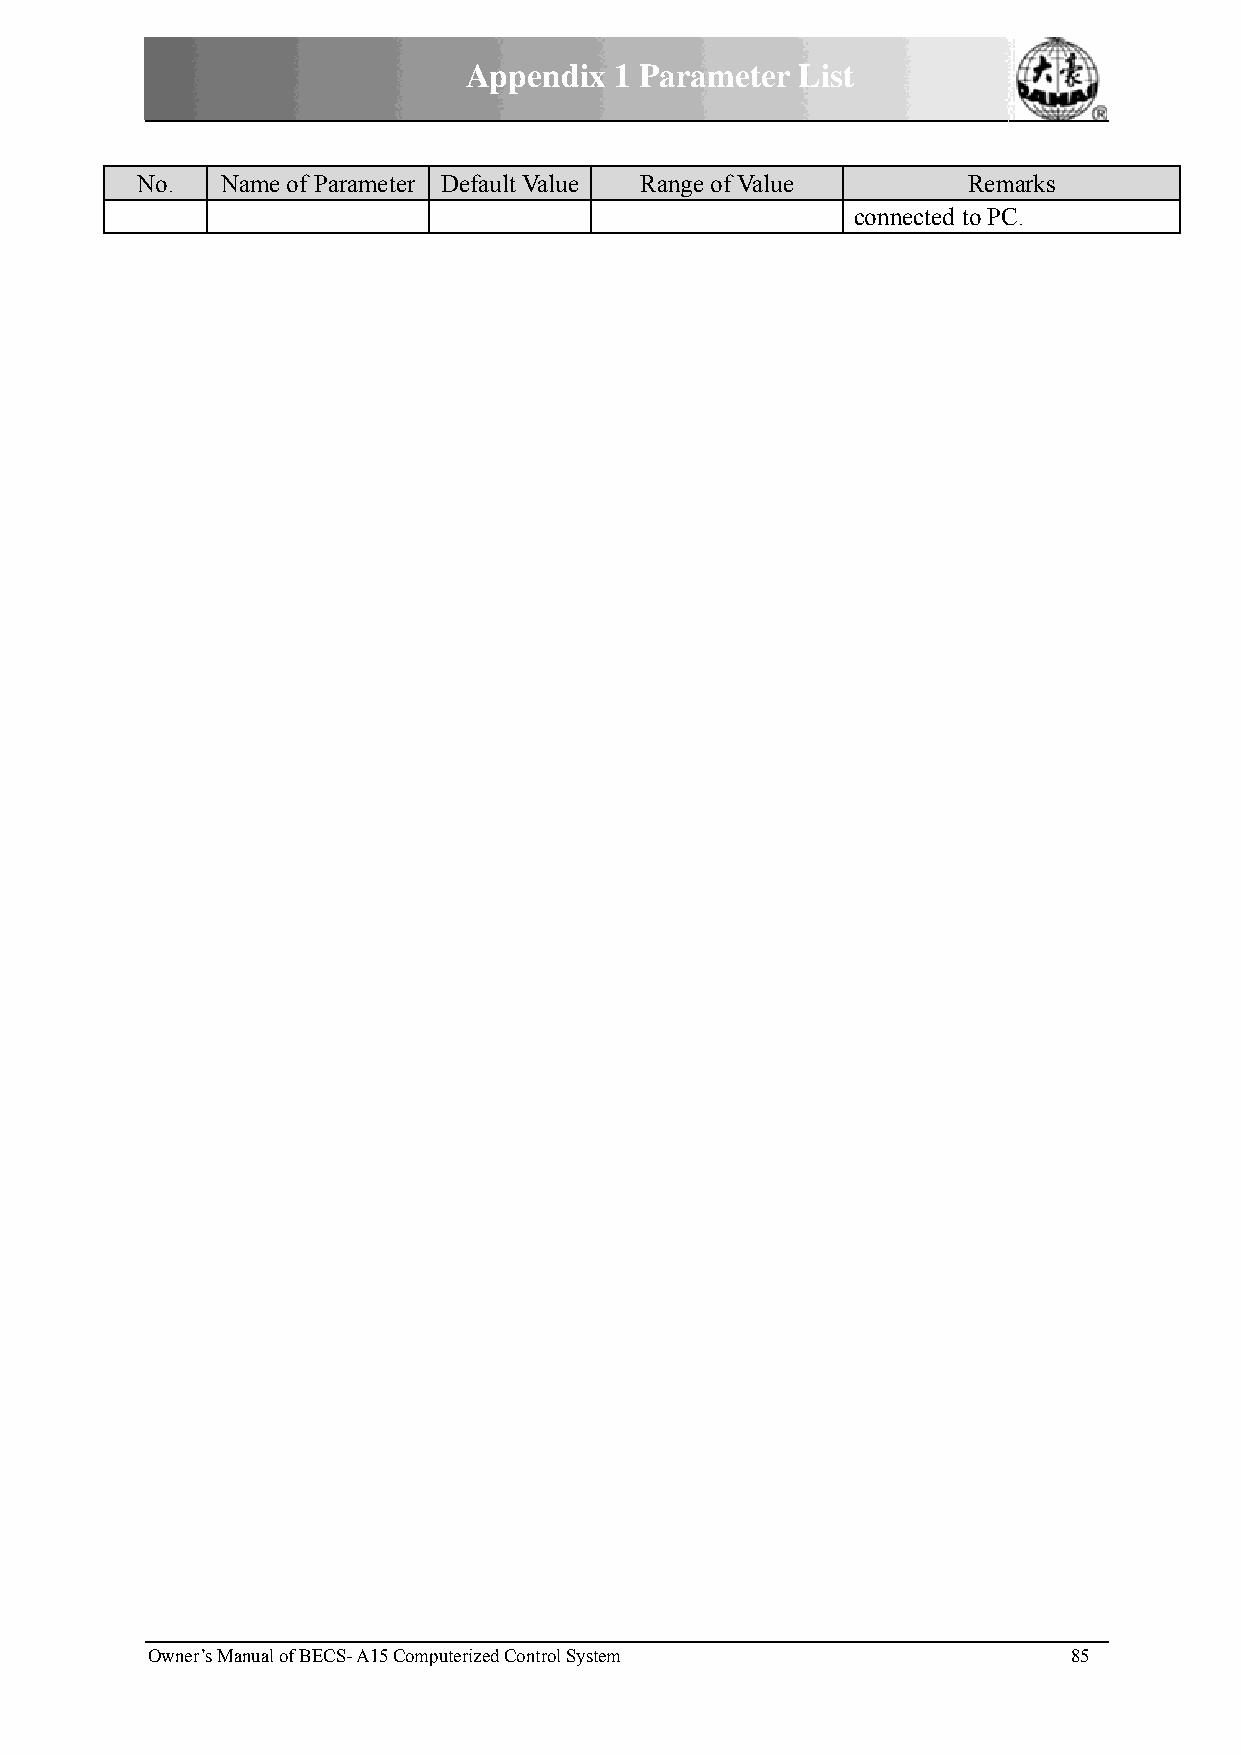
Appendix  1 Paarameterr List
 No.   NName of Paarameter DDefault Valuue Rannge of Valuee Remmarks
 connnected to PCC.
 Owner’s MManual of BECS- A15 Computerized Controll System    85